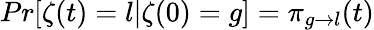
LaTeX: Pr[\zeta(t)=l|\zeta(0)=g]=\pi_{g\to l}(t)